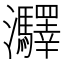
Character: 㶠